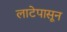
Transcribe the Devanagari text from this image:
लाटेपासून